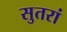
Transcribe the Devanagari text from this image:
सुतरां